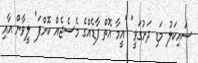
ސައިކަލު މަޑި ދަށުގަވީ" "އީމާ އޮތް ފާޑެއްގެ މެސެޖެއް ކޮށްފަ" ލީވާން އާއި